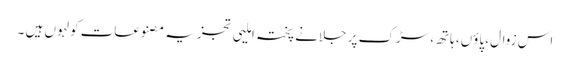
اس زوال، پاؤں، ہاتھ، سڑک پر جلانے پختہ املیی تجزیہ مصنوعات کولہوں ہیں ۔